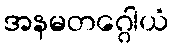
အနမတဂ္ဂေါယံ